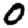
Digit: 0